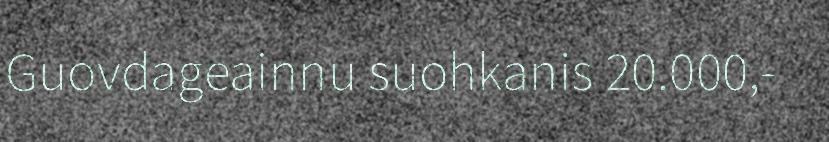
Guovdageainnu suohkanis 20.000,-